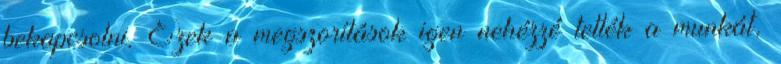
bekapcsolni. Ezek a megszorítások igen nehézzé tették a munkát,